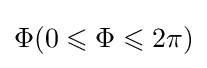
\Phi (0\leqslant \Phi \leqslant 2\pi )